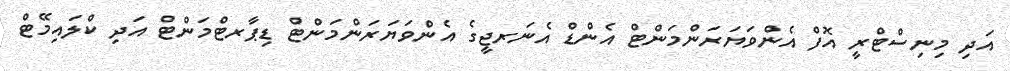
އަދި މިނިސްޓްރީ އޮފް އެންވަޔަރަންމަންޓް އެންޑް އެނަރޖީގެ އެންވަޔަރަންމަންޓް ޑިޕާރޓްމަންޓް އަދި ކްލައިމޭޓް